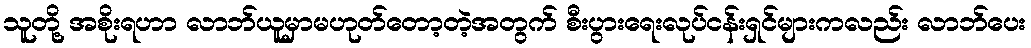
သူတို့ အစိုးရဟာ လာဘ်ယူမှာမဟုတ်တော့တဲ့အတွက် စီးပွားရေးလုပ်ငန်းရှင်များကလည်း လာဘ်ပေး